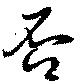
否